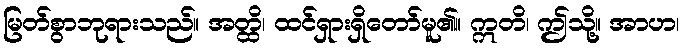
မြတ်စွာဘုရားသည်။ အတ္ထိ၊ ထင်ရှားရှိတော်မူ၏။ ဣတိ၊ ဤသို့။ အာဟ၊